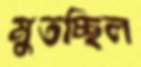
মুতচ্ছিল